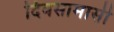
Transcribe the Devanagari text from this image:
दिवसामासी